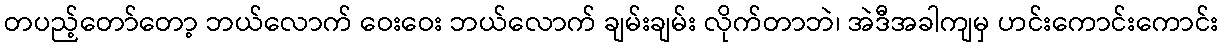
တပည့်တော်တော့ ဘယ်လောက် ဝေးဝေး ဘယ်လောက် ချမ်းချမ်း လိုက်တာဘဲ၊ အဲဒီအခါကျမှ ဟင်းကောင်းကောင်း